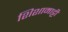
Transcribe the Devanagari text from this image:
शिशामाट्टी